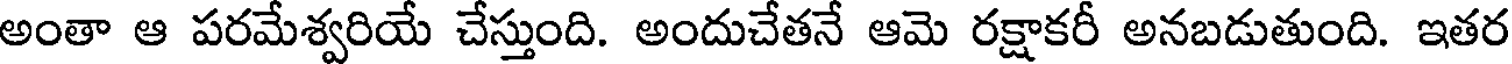
అంతా ఆ పరమేశ్వరియే చేస్తుంది. అందుచేతనే ఆమె రక్షాకరీ అనబడుతుంది. ఇతర